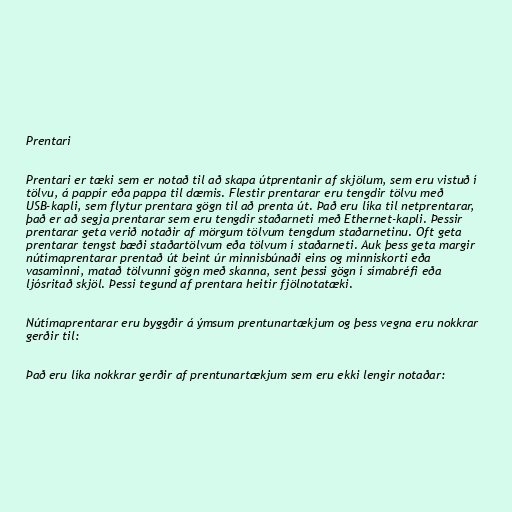
Prentari

Prentari er tæki sem er notað til að skapa útprentanir af skjölum, sem eru vistuð í
tölvu, á pappír eða pappa til dæmis. Flestir prentarar eru tengdir tölvu með
USB-kapli, sem flytur prentara gögn til að prenta út. Það eru líka til netprentarar,
það er að segja prentarar sem eru tengdir staðarneti með Ethernet-kapli. Þessir
prentarar geta verið notaðir af mörgum tölvum tengdum staðarnetinu. Oft geta
prentarar tengst bæði staðartölvum eða tölvum í staðarneti. Auk þess geta margir
nútímaprentarar prentað út beint úr minnisbúnaði eins og minniskorti eða
vasaminni, matað tölvunni gögn með skanna, sent þessi gögn í símabréfi eða
ljósritað skjöl. Þessi tegund af prentara heitir fjölnotatæki.

Nútímaprentarar eru byggðir á ýmsum prentunartækjum og þess vegna eru nokkrar
gerðir til:

Það eru líka nokkrar gerðir af prentunartækjum sem eru ekki lengir notaðar: